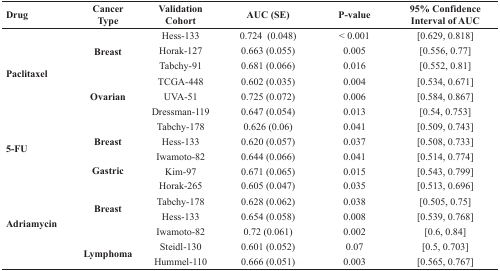
<table><thead><tr><td><b>Drug</b></td><td><b>CancerType</b></td><td><b>ValidationCohort</b></td><td><b>AUC (SE)</b></td><td><b>P-value</b></td><td><b>95% ConfidenceInterval of AUC</b></td></tr></thead><tbody><tr><td rowspan="6"><b>Paclitaxel</b></td><td rowspan="3"><b>Breast</b></td><td>Hess-133</td><td>0.724 (0.048)</td><td>&lt; 0.001</td><td>[0.629, 0.818]</td></tr><tr><td>Horak-127</td><td>0.663 (0.055)</td><td>0.005</td><td>[0.556, 0.77]</td></tr><tr><td>Tabchy-91</td><td>0.681 (0.066)</td><td>0.016</td><td>[0.552, 0.81]</td></tr><tr><td rowspan="3"><b>Ovarian</b></td><td>TCGA-448</td><td>0.602 (0.035)</td><td>0.004</td><td>[0.534, 0.671]</td></tr><tr><td>UVA-51</td><td>0.725 (0.072)</td><td>0.006</td><td>[0.584, 0.867]</td></tr><tr><td>Dressman-119</td><td>0.647 (0.054)</td><td>0.013</td><td>[0.54, 0.753]</td></tr><tr><td rowspan="4"><b>5-FU</b></td><td rowspan="3"><b>Breast</b></td><td>Tabchy-178</td><td>0.626 (0.06)</td><td>0.041</td><td>[0.509, 0.743]</td></tr><tr><td>Hess-133</td><td>0.620 (0.057)</td><td>0.037</td><td>[0.508, 0.733]</td></tr><tr><td>Iwamoto-82</td><td>0.644 (0.066)</td><td>0.041</td><td>[0.514, 0.774]</td></tr><tr><td><b>Gastric</b></td><td>Kim-97</td><td>0.671 (0.065)</td><td>0.015</td><td>[0.543, 0.799]</td></tr><tr><td rowspan="6"><b>Adriamycin</b></td><td rowspan="4"><b>Breast</b></td><td>Horak-265</td><td>0.605 (0.047)</td><td>0.035</td><td>[0.513, 0.696]</td></tr><tr><td>Tabchy-178</td><td>0.628 (0.062)</td><td>0.038</td><td>[0.505, 0.75]</td></tr><tr><td>Hess-133</td><td>0.654 (0.058)</td><td>0.008</td><td>[0.539, 0.768]</td></tr><tr><td>Iwamoto-82</td><td>0.72 (0.061)</td><td>0.002</td><td>[0.6, 0.84]</td></tr><tr><td rowspan="2"><b>Lymphoma</b></td><td>Steidl-130</td><td>0.601 (0.052)</td><td>0.07</td><td>[0.5, 0.703]</td></tr><tr><td>Hummel-110</td><td>0.666 (0.051)</td><td>0.003</td><td>[0.565, 0.767]</td></tr></tbody></table>